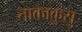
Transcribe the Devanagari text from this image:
ताकाकुसु